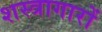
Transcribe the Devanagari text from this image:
शस्त्रागारों